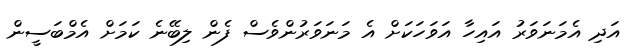
އަދި އެމަނަވަރު އައިހާ އަވަހަކަށް އެ މަނަވަރުންވެސް ފެން ލިބޭނެ ކަމަށް އެމްބަސީން